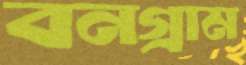
বনগ্রাম